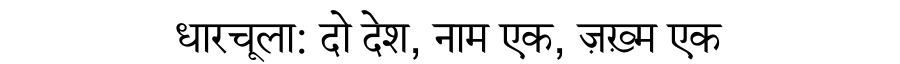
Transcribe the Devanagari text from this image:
धारचूला: दो देश, नाम एक, ज़ख़्म एक